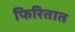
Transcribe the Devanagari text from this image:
फिरितात